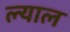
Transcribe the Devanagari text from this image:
ल्याल